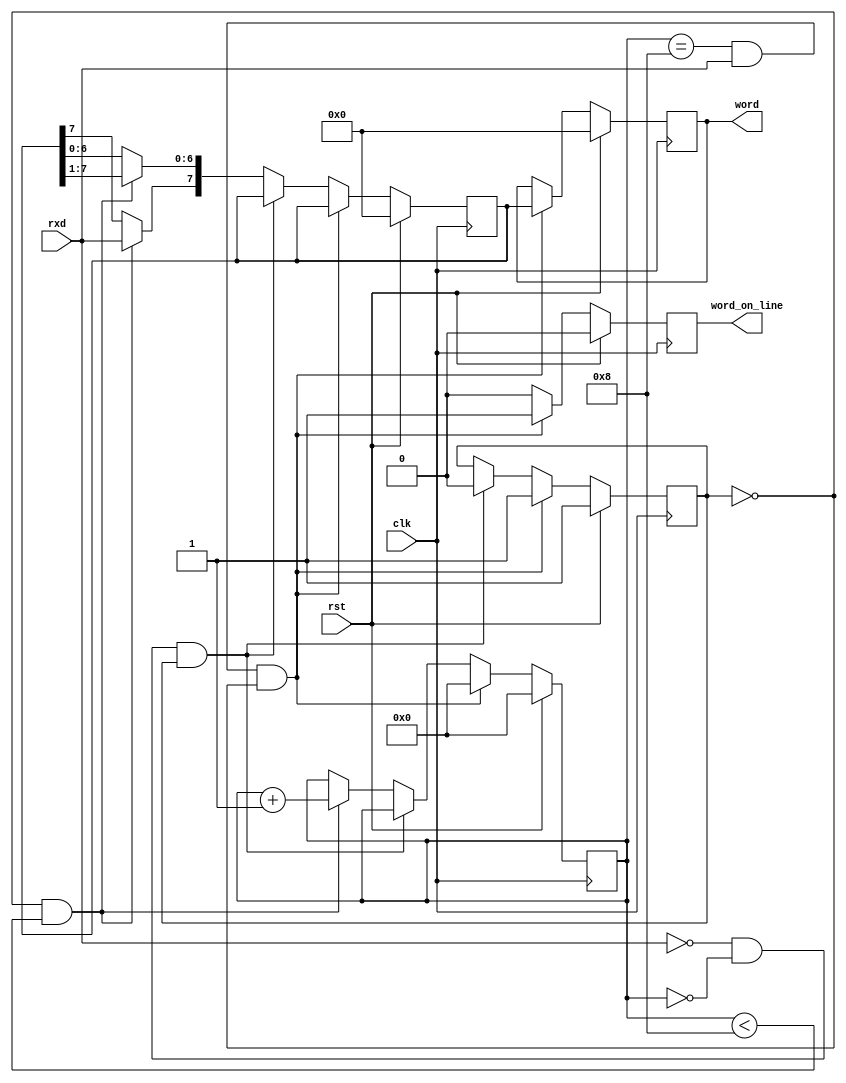
module recieve(
input rxd, 
input clk,
input rst, 
output [7:0] word,
output word_on_line);

reg [7:0] recieved_data_1 = 0;
reg [7:0] recieved_data = 0;
reg [3:0] counter = 0;

reg word_on_line = 0;
reg recieve_ready = 1;

always @(posedge clk)
begin		
	if (rst)
		begin
			recieved_data = 0;
			counter = 0;
			recieve_ready = 1;
			recieved_data_1 = 0;
			word_on_line = 0;
		end
	else if (counter == 8 && rxd == 1 && recieve_ready == 0) // STOP BIT && REGISTER WRITING
		begin
			//recieved_data_1 = recieved_data_1 >> 1;
			recieved_data = recieved_data_1;
			counter = 0;
			recieve_ready = 1;
			word_on_line = 1;
		end
	else if(rxd == 0 && counter == 0 && recieve_ready == 1) // START BIT
		begin		
			recieve_ready = 0;
			word_on_line = 0;
		end
	else if(recieve_ready == 0 && counter < 8) // WRITING CYCLE 
		begin
			recieved_data_1 = recieved_data_1 >> 1;
			recieved_data_1[7] = rxd;
			counter = counter + 1;
			word_on_line = 0;
		end
	else
		word_on_line = 0;
	end
assign word = recieved_data;
endmodule